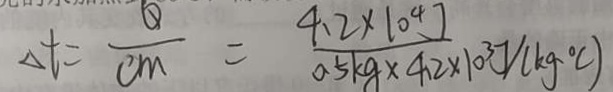
\Delta t = \frac { Q } { c m } = \frac { 4 . 2 \times 1 0 ^ { 4 } J } { 0 . 5 k g \times 4 . 2 \times 1 0 ^ { 3 } J } / ( k g ^ { \circ } c )